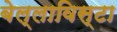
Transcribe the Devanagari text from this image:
बेल्लाविस्टा